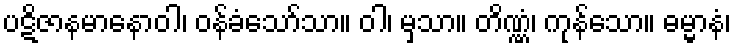
ပဋိဇာနမာနောဝါ၊ ဝန်ခံသော်သာ။ ဝါ၊ မှသာ။ တိဏ္ဏံ၊ ကုန်သော။ ဓမ္မာနံ၊